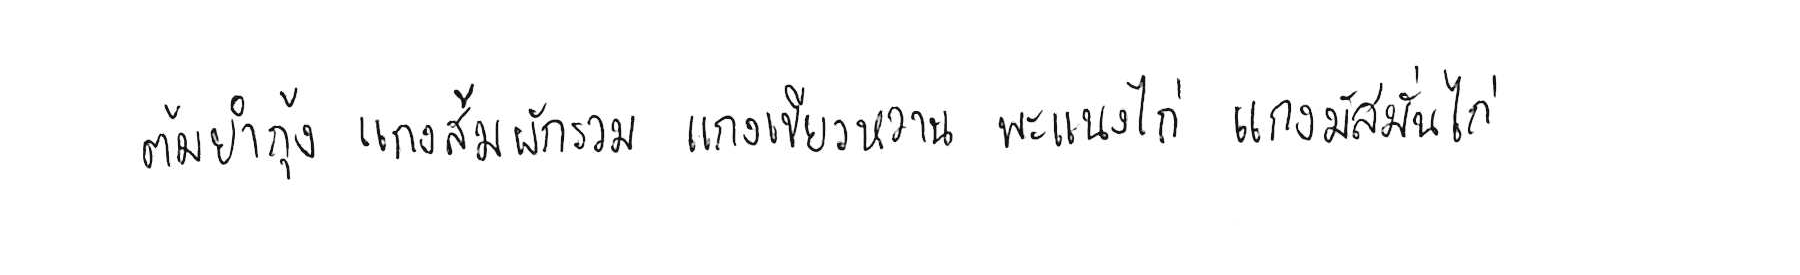
ต้มยำกุ้ง แกงส้มผักรวม แกงเขียวหวาน พะแนงไก่ แกงมัสมั่นไก่